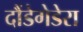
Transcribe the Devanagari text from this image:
दौंडेगेडेरा